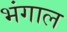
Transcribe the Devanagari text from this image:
भंगाल